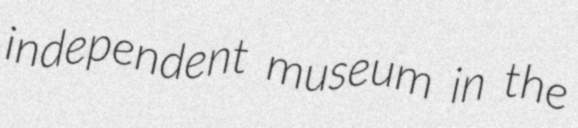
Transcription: independent museum in the